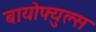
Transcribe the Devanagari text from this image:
बायोफ्युल्स